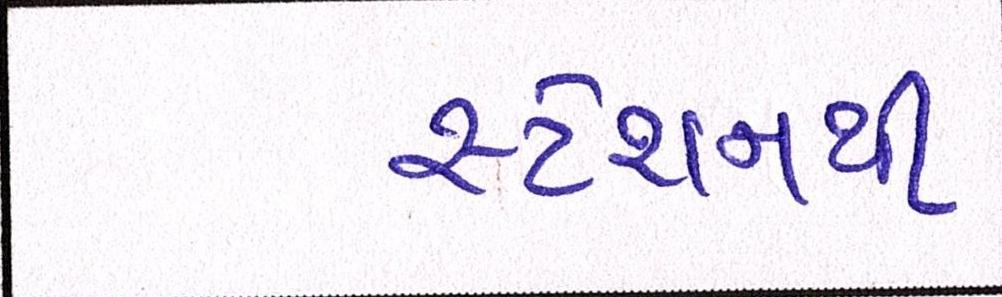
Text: સ્ટેશનથી